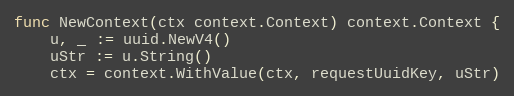
Language: Go
func NewContext(ctx context.Context) context.Context {
	u, _ := uuid.NewV4()
	uStr := u.String()
	ctx = context.WithValue(ctx, requestUuidKey, uStr)